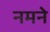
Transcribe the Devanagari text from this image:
नमने